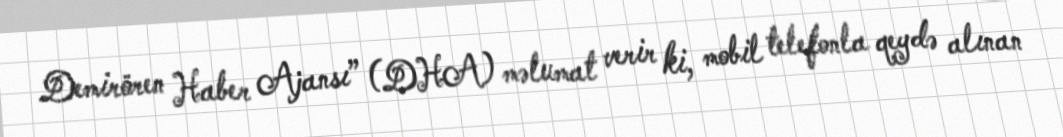
Demirören Haber Ajansı” (DHA) məlumat verir ki, mobil telefonla qeydə alınan